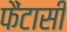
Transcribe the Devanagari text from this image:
फैंटासी